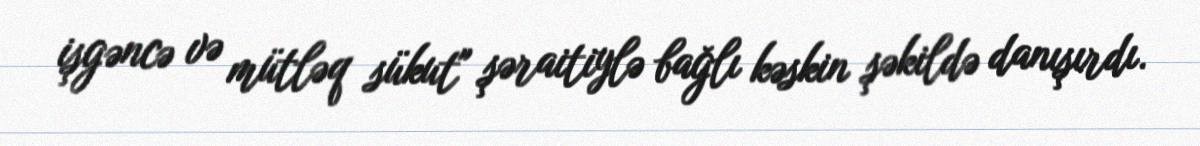
işgəncə və mütləq sükut" şəraitiylə bağlı kəskin şəkildə danışırdı.